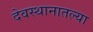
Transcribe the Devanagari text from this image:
देवस्थानातल्या